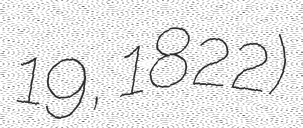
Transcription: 19, 1822)